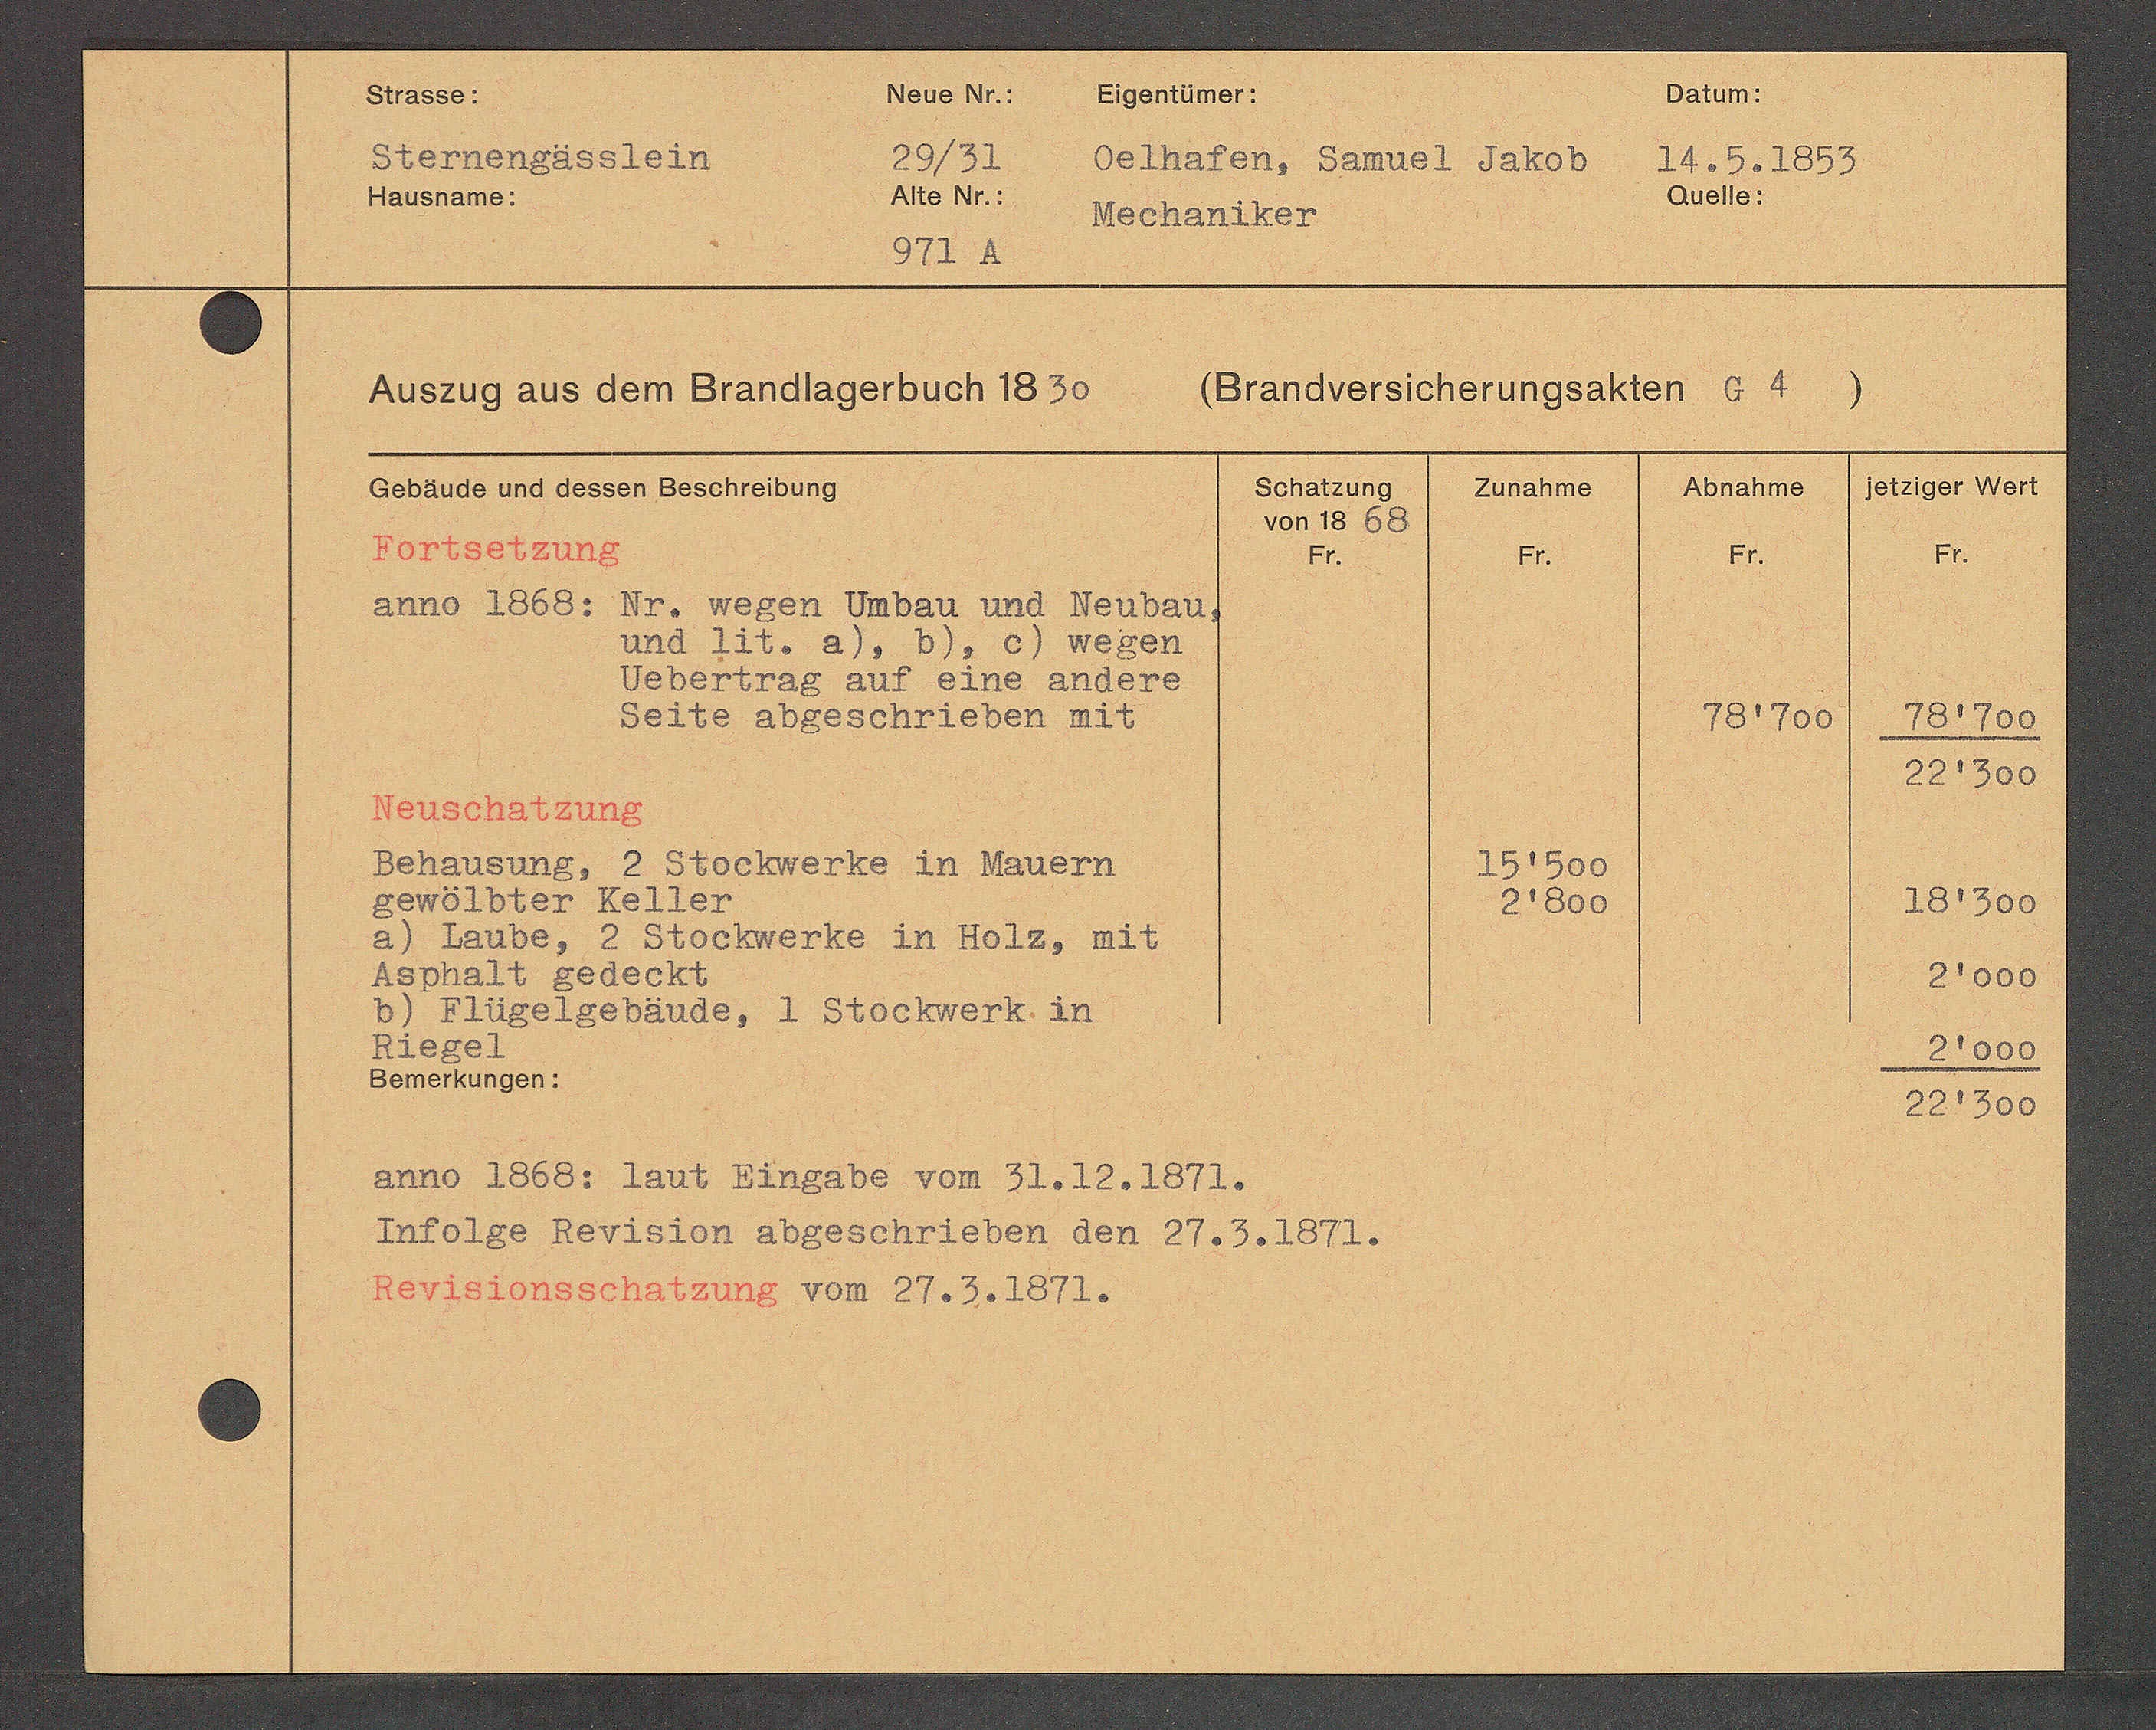
Transcript:
Behausung, 2Stochwerke in Mauern
) Lande, 2 Stochwerke in Holz, mit
5) Flügelgebäude, 1 Stochwerk in
Bemerkungen:

Kerisionsschatzung von 27. 1872.